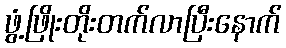
ဖွံ့ဖြိုးတိုးတက်လာပြီးနောက်